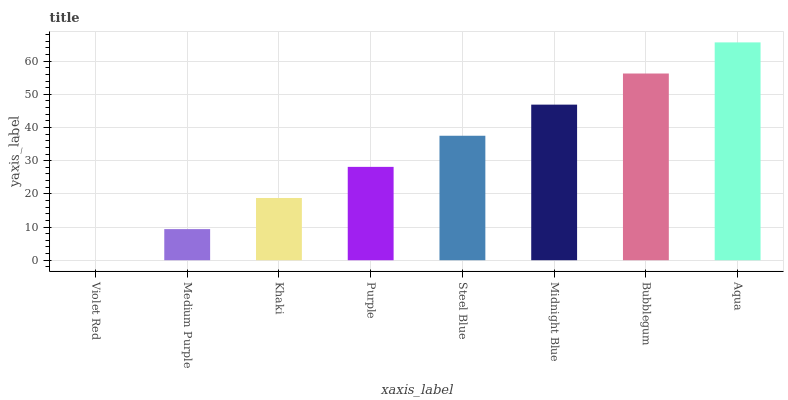
| xaxis_label | bars |
 | --- | --- |
 | Violet Red | 0 |
 | Medium Purple | 9.38 |
 | Khaki | 18.8 |
 | Purple | 28.1 |
 | Steel Blue | 37.5 |
 | Midnight Blue | 46.9 |
 | Bubblegum | 56.3 |
 | Aqua | 65.6 |